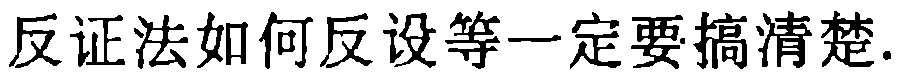
反证法如何反设等一定要搞清楚.